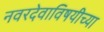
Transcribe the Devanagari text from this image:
नवरदेवाविषयीच्या